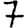
Digit: 7